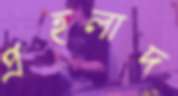
প্রহলাদ